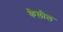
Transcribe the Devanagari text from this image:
केलील